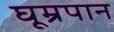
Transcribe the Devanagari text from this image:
घूम्रपान